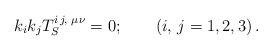
\begin{align*}k_i k_j T_S^{i\, j,\,\,\mu\nu}=0;\qquad \left(i,\, j=1,2,3\right).\end{align*}